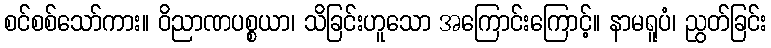
စင်စစ်သော်ကား။ ဝိညာဏပစ္စယာ၊ သိခြင်းဟူသော အကြောင်းကြောင့်။ နာမရူပံ၊ ညွတ်ခြင်း